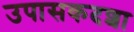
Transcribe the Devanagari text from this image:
उपासकदशा